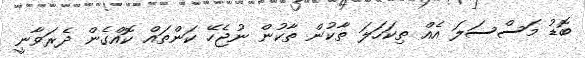
ބޮޑު މަސްސަލަ އެއް ތިކަހަލަ ތާކުން ތާކުން ނުޖެހޭ ކަންތައް ކޮއްގެން ދެރަވާނީ